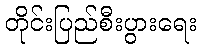
တိုင်းပြည်စီးပွားရေး